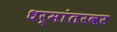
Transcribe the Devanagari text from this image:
धर्मांतरवर